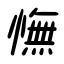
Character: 憮